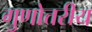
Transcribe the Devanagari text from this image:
गुणोत्तरीय